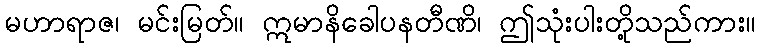
မဟာရာဇ၊ မင်းမြတ်။ ဣမာနိခေါပနတီဏိ၊ ဤသုံးပါးတို့သည်ကား။